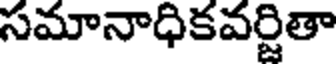
సమానాధికవర్జితా